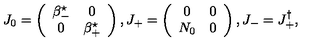
J _ { 0 } = \left( \begin{array} { c c } { \beta _ { - } ^ { \star } } & { 0 } \\ { 0 } & { \beta _ { + } ^ { \star } } \\ \end{array} \right) , J _ { + } = \left( \begin{array} { c c } { 0 } & { 0 } \\ { N _ { 0 } } & { 0 } \\ \end{array} \right) , J _ { - } = J _ { + } ^ { \dag } ,